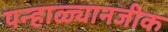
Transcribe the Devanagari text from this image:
पन्हाळ्यानजीक